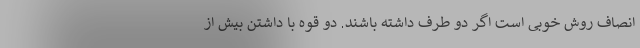
انصاف روش خوبی است اگر دو طرف داشته باشند. دو قوه با داشتن بیش از